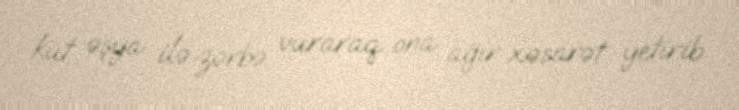
küt əşya ilə zərbə vuraraq ona ağır xəsarət yetirib.